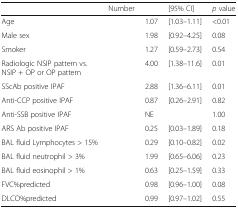
<table><thead><tr><td>[EMPTY_CELL]</td><td><b>Number</b></td><td>[EMPTY_CELL]</td><td><b>[95% CI]</b></td><td><b><i>p</i> value</b></td></tr></thead><tbody><tr><td>Age</td><td>[EMPTY_CELL]</td><td>1.07</td><td>[1.03–1.11]</td><td>&lt;0.01</td></tr><tr><td>Male sex</td><td>[EMPTY_CELL]</td><td>1.98</td><td>[0.92–4.25]</td><td>0.08</td></tr><tr><td>Smoker</td><td>[EMPTY_CELL]</td><td>1.27</td><td>[0.59–2.73]</td><td>0.54</td></tr><tr><td>Radiologic NSIP pattern vs. NSIP + OP or OP pattern</td><td>[EMPTY_CELL]</td><td>4.00</td><td>[1.38–11.6]</td><td>0.01</td></tr><tr><td>SScAb positive IPAF</td><td>[EMPTY_CELL]</td><td>2.88</td><td>[1.36–6.11]</td><td>0.01</td></tr><tr><td>Anti-CCP positive IPAF</td><td>[EMPTY_CELL]</td><td>0.87</td><td>[0.26–2.91]</td><td>0.82</td></tr><tr><td>Anti-SSB positive IPAF</td><td>[EMPTY_CELL]</td><td>NE</td><td>[EMPTY_CELL]</td><td>1.00</td></tr><tr><td>ARS Ab positive IPAF</td><td>[EMPTY_CELL]</td><td>0.25</td><td>[0.03–1.89]</td><td>0.18</td></tr><tr><td>BAL fluid Lymphocytes &gt; 15%</td><td>[EMPTY_CELL]</td><td>0.29</td><td>[0.10–0.82]</td><td>0.02</td></tr><tr><td>BAL fluid neutrophil &gt; 3%</td><td>[EMPTY_CELL]</td><td>1.99</td><td>[0.65–6.06]</td><td>0.23</td></tr><tr><td>BAL fluid eosinophil &gt; 1%</td><td>[EMPTY_CELL]</td><td>0.63</td><td>[0.25–1.59]</td><td>0.33</td></tr><tr><td>FVC%predicted</td><td>[EMPTY_CELL]</td><td>0.98</td><td>[0.96–1.00]</td><td>0.08</td></tr><tr><td>DLCO%predicted</td><td>[EMPTY_CELL]</td><td>0.99</td><td>[0.97–1.02]</td><td>0.55</td></tr></tbody></table>